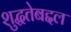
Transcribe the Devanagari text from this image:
शुद्धतेबद्दल